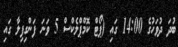
ބުދަ ދުވަހުގެ 14:00 ގައި (ޕޯޓް ކޮމްޕްލެކްސް 5 ވަނަ ފަންގިފިލާ ގައި